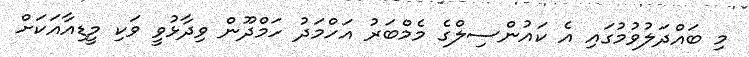
މި ބައްދަލުވުމުގައި އެ ކައުންސިލްގެ މެމްބަރު އަހްމަދު ހަމްދޫން ވިދާޅުވީ ވަކި މީޑިއާއަކަށް